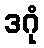
ဒဂုံ